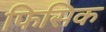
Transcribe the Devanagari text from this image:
फिसिक